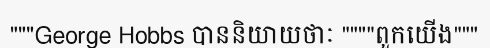
"""George Hobbs បាននិយាយថាៈ """"ពួកយើង"""